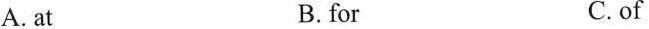
A.at B. for C.of